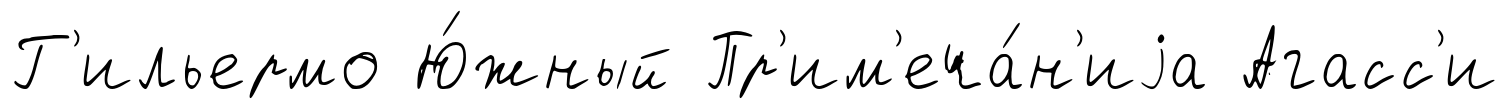
Г'ильермо Ю́жный Пр'им'еча́н'иjа Агасс'и